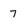
Character: 7